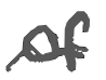
Text: of
Cross-out: wave
Writing tool: digital_gray